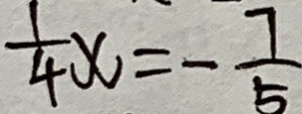
\frac { 1 } { 4 } x = - \frac { 7 } { 5 }